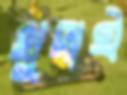
খুদাই